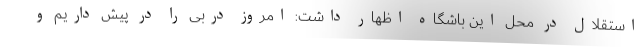
استقلال در محل این باشگاه اظهار داشت: امروز دربی را در پیش داریم و